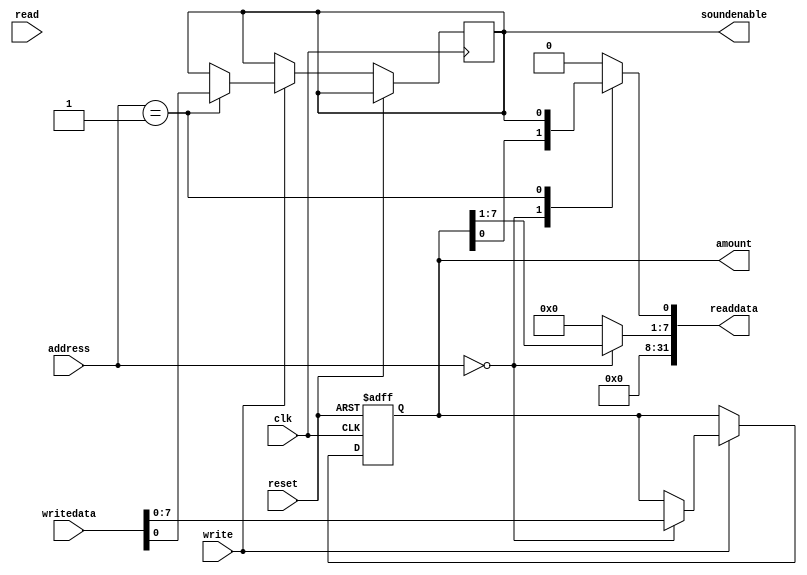
module MyPIO (
              input wire        reset,
              input wire        clk,
              input wire [1:0]  address,
              input wire        read,
              output reg [31:0] readdata,
              input wire        write,
              input wire [31:0] writedata,
              output wire [7:0] amount,
              output wire       soundenable
              );

   reg [7:0]  amount_value;
   reg        se_value;

   always @ (posedge clk, posedge reset ) begin
      if (reset) begin
         amount_value <= 8'd0;
      end
      else begin
         if (write) begin
            case (address)
              2'b00: amount_value <= writedata[7:0];
              2'b01: se_value     <= writedata[0];
            endcase
         end
      end
   end

   always @* begin
      readdata [31:0] = 24'd0;
      case (address)
        2'b00: readdata [7:0] <= amount_value;
        2'b01: readdata [0] <= se_value;
      endcase
   end

   assign amount = amount_value;
   assign soundenable = se_value;

endmodule